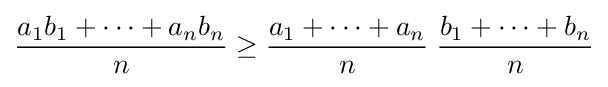
{\frac {a_{1}b_{1}+\cdots +a_{n}b_{n}}{n}}\geq {\frac {a_{1}+\cdots +a_{n}}{n}}\;{\frac {b_{1}+\cdots +b_{n}}{n}}